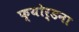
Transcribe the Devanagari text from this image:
फ्योर्डना